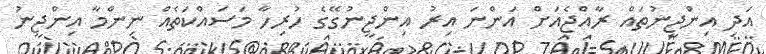
އަދި އިންޖީނުތައް ރާއްޖެއަށް އަންނަ އިރު އިންޖީނުގޭގެ ހުރިހާ މަސައްކަތެއް ނިންމާ އިންޖީނު